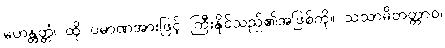
မဟန္တတ္တံ၊ ထို ပမာဏအားဖြင့် ကြီးနိုင်သည်၏အဖြစ်ကို။ သသာမိတတ္တာဝ၊